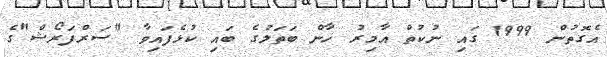
އެގޮތުން 1999 ގައި ނުކުތް އާމިރު ޚާން ބަތަލުގެ ބައި ކުޅެފައިވާ "ސަރްފަރޯޝް"ގެ